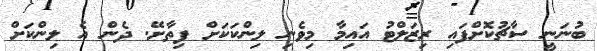
ބުނަނީ ސާޗުކޮށްފައި ރިޒަލްޓު އައިމާ މިވެނި ލިންކަކަށް ފިތާށޭ. ދެން އެ ލިންކަށް